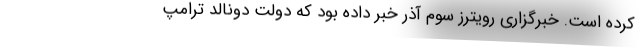
کرده است. خبرگزاری رویترز سوم آذر خبر داده بود که دولت دونالد ترامپ